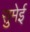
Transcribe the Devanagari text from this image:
सुमेई